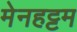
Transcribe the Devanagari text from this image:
मेनहट्टम